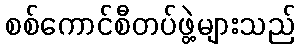
စစ်ကောင်စီတပ်ဖွဲ့များသည်